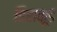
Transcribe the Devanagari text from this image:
हिराकूड